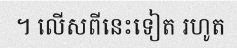
។ លើសពីនេះទៀត រហូត